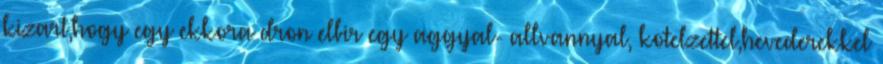
kizart,hogy egy ekkora dron elbir egy aggyal- allvannyal, kotelzettel,hevederekkel